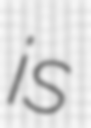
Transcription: is